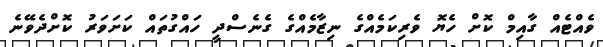
ވެއްޓެއް ގާއިމް ކޮށް ހެޔޮ ވެރިކަމެއްގެ ނިޒާމެއްގެ ގެނެސްދީ ހައްގުތައް ކަށަވަރު ކޮށްދެވޭނެ